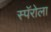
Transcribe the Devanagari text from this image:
स्पॅरोला